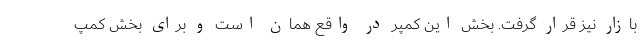
بازار نیز قرار گرفت. بخش این کمپر در واقع همان است و برای بخش کمپ